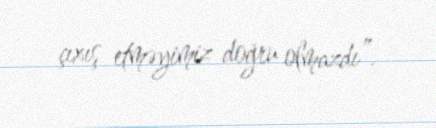
çıxış etməyimiz doğru olmazdı”.